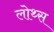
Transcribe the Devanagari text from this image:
लोथ्स